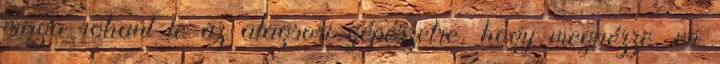
maga rohant le az alagsori gépészetre, hogy megnézze, mi